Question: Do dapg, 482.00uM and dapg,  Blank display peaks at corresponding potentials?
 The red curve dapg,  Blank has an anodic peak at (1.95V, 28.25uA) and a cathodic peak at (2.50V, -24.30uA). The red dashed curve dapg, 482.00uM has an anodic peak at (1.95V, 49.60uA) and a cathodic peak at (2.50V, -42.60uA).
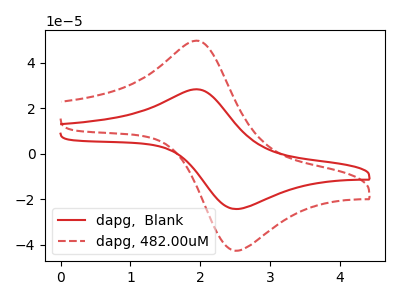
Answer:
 <answer>Yes, "dapg, 482.00uM" have a peak in "dapg,  Blank" at the same potential.</answer>
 <eval>match</eval>